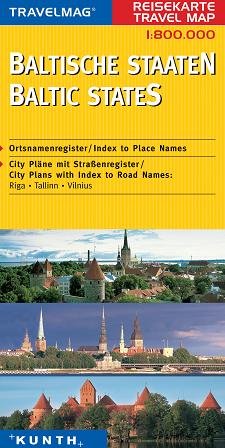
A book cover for Baltic States (Latvia, Lithuania, Estonia) 1:800,000 Regional Travel Map KUNTH; Kunth Verlag; Travel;